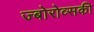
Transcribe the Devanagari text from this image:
ज्बोरोव्सकी